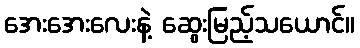
အေးအေးလေးနဲ့ ဆွေးမြည့်သယောင်။